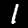
Digit: 1